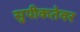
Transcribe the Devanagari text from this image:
सुपीकतेवर